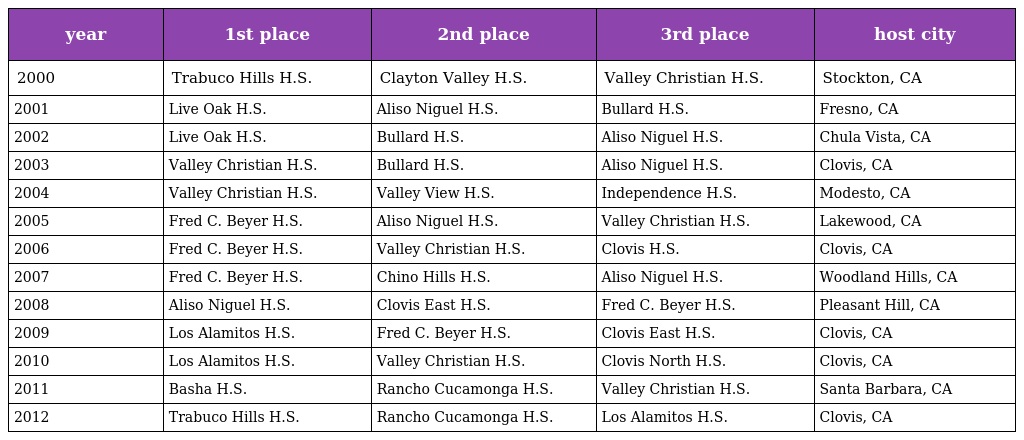
| year | 1st place | 2nd place | 3rd place | host city |
 | --- | --- | --- | --- | --- |
 | 2000 | Trabuco Hills H.S. | Clayton Valley H.S. | Valley Christian H.S. | Stockton, CA |
 | 2001 | Live Oak H.S. | Aliso Niguel H.S. | Bullard H.S. | Fresno, CA |
 | 2002 | Live Oak H.S. | Bullard H.S. | Aliso Niguel H.S. | Chula Vista, CA |
 | 2003 | Valley Christian H.S. | Bullard H.S. | Aliso Niguel H.S. | Clovis, CA |
 | 2004 | Valley Christian H.S. | Valley View H.S. | Independence H.S. | Modesto, CA |
 | 2005 | Fred C. Beyer H.S. | Aliso Niguel H.S. | Valley Christian H.S. | Lakewood, CA |
 | 2006 | Fred C. Beyer H.S. | Valley Christian H.S. | Clovis H.S. | Clovis, CA |
 | 2007 | Fred C. Beyer H.S. | Chino Hills H.S. | Aliso Niguel H.S. | Woodland Hills, CA |
 | 2008 | Aliso Niguel H.S. | Clovis East H.S. | Fred C. Beyer H.S. | Pleasant Hill, CA |
 | 2009 | Los Alamitos H.S. | Fred C. Beyer H.S. | Clovis East H.S. | Clovis, CA |
 | 2010 | Los Alamitos H.S. | Valley Christian H.S. | Clovis North H.S. | Clovis, CA |
 | 2011 | Basha H.S. | Rancho Cucamonga H.S. | Valley Christian H.S. | Santa Barbara, CA |
 | 2012 | Trabuco Hills H.S. | Rancho Cucamonga H.S. | Los Alamitos H.S. | Clovis, CA |